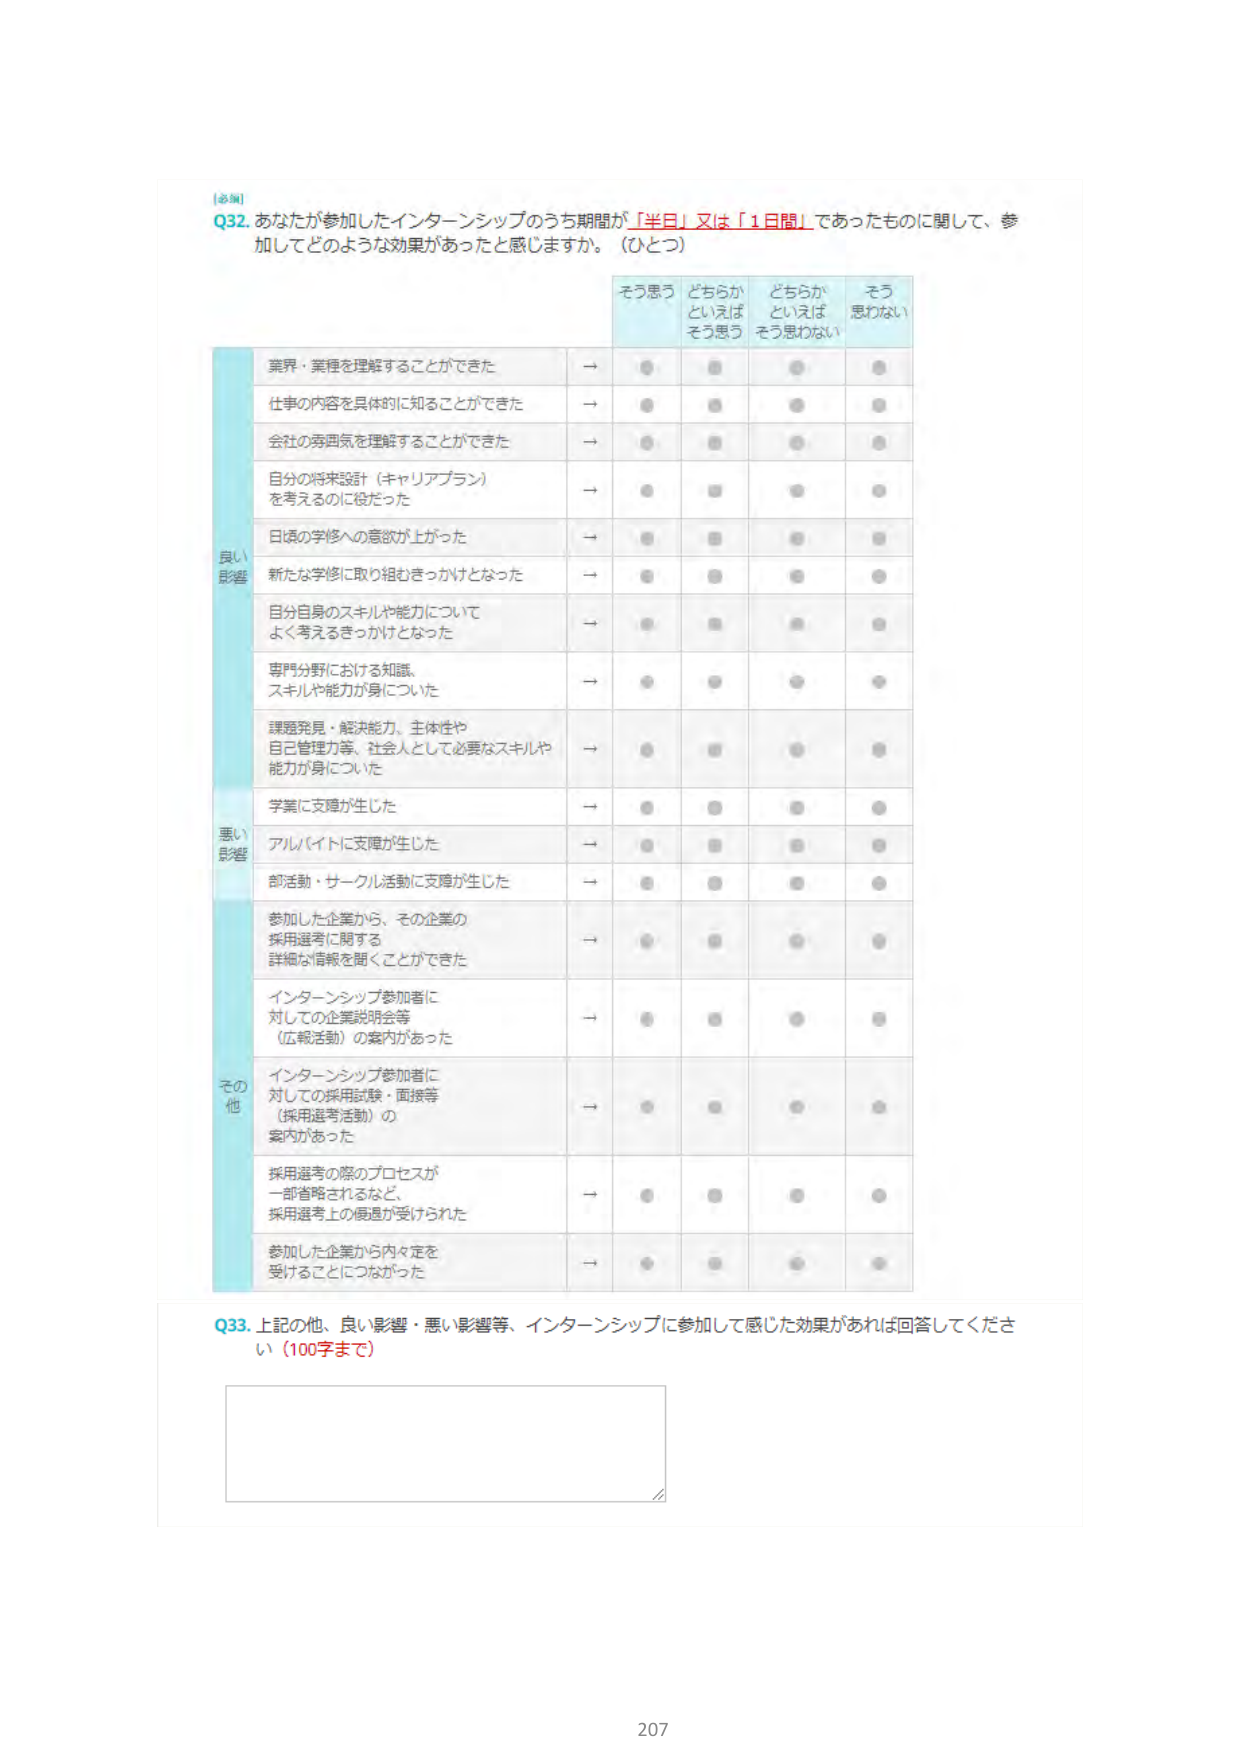
[必須]
Q32. あなたが参加したインターンシップのうち期間が「半日」又は「1日間」であったものに関して、参加してどのような効果があったと感じますか。（ひとつ）

そう思う　どちらかといえばそう思う　どちらかといえばそう思わない　そう思わない

良い影響
業界・業種を理解することができた →
仕事の内容を具体的に知ることができた →
会社の雰囲気を理解することができた →
自分の将来設計（キャリアプラン）を考えるのに役だった →
日頃の学修への意欲が上がった →
新たな学修に取り組むきっかけとなった →
自分自身のスキルや能力についてよく考えるきっかけとなった →
専門分野における知識、スキルや能力が身についた →
課題発見・解決能力、主体性や自己管理力等、社会人として必要なスキルや能力が身についた →
学業に支障が生じた →
悪い影響
アルバイトに支障が生じた →
部活動・サークル活動に支障が生じた →
その他
参加した企業から、その企業の採用選考に関する詳細な情報を聞くことができた →
インターンシップ参加者に対しての企業説明会等（広報活動）の案内があった →
インターンシップ参加者に対しての採用試験・面接等（採用選考活動）の案内があった →
採用選考の際のプロセスが一部省略されるなど、採用選考上の優遇が受けられた →
参加した企業から内々定を受けることになった →

Q33. 上記の他、良い影響・悪い影響等、インターンシップに参加して感じた効果があれば回答してください（100字まで）

207